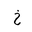
Letter: _kha